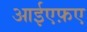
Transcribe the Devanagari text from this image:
आईएफ़ए